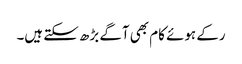
رکے ہوئے کام بھی آگے بڑھ سکتے ہیں۔